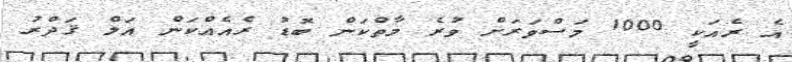
އެ ރެއަކީ 1000 މަސްވަރަށް ވުރެ މާތްކަން ބޮޑު ރެއެއްކަން އަލް ޤަދްރު